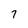
Character: 7